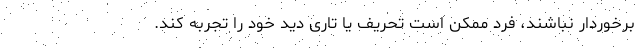
برخوردار نباشند، فرد ممکن است تحریف یا تاری دید خود را تجربه کند.